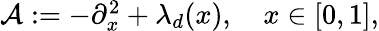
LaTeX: \begin{array}{r}{\mathcal{A}:=-\partial_{x}^{2}+\lambda_{d}(x),\quad x\in[0,1],}\end{array}